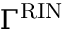
\Gamma ^ { \mathrm { R I N } }